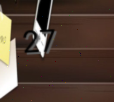
27